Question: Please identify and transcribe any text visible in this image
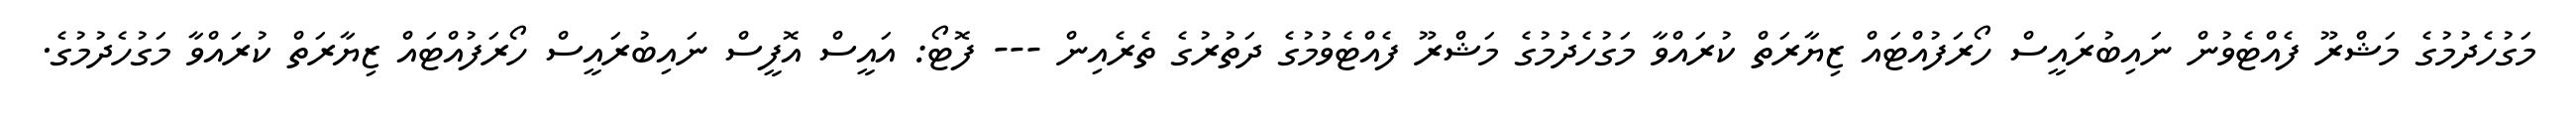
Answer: މަގުހެދުމުގެ މަޝްރޫ ފެއްޓެވުން ނައިބުރައީސް ހޯރަފުއްޓައް ޒިޔާރަތް ކުރައްވާ މަގުހެދުމުގެ މަޝްރޫ ފެއްޓެވުމުގެ ދަތުރުގެ ތެރެއިން --- ފޮޓޯ: އައީސް އޮފީސް ނައިބުރައީސް ހޯރަފުއްޓައް ޒިޔާރަތް ކުރައްވާ މަގުހެދުމުގެ.